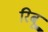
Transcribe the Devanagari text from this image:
रिबू